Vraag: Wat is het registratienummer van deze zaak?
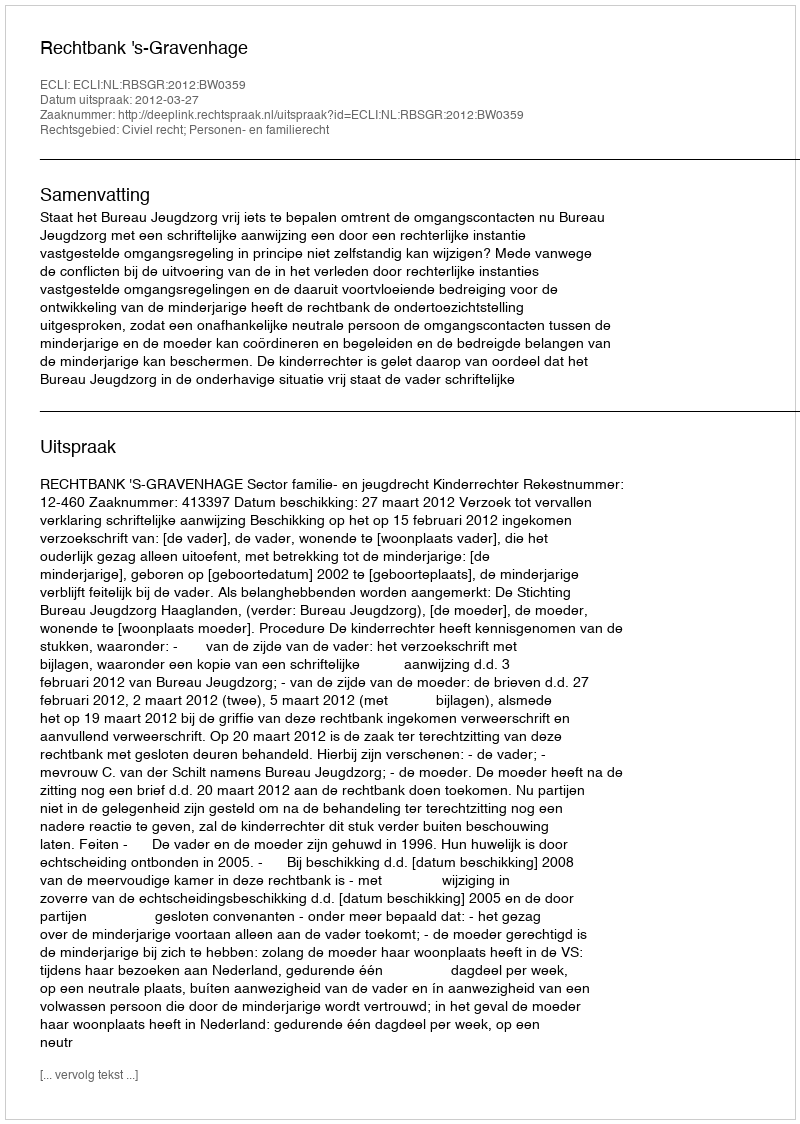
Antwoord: http://deeplink.rechtspraak.nl/uitspraak?id=ECLI:NL:RBSGR:2012:BW0359